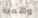
وهمية